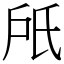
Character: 𣱆